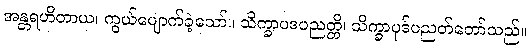
အန္တရဟိတာယ၊ ကွယ်ပျောက်ခဲ့သော်။ သိက္ခာပဒပညတ္တိ၊ သိက္ခာပုဒ်ပညတ်တော်သည်။